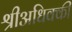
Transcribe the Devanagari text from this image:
श्रीअधिक्की